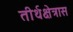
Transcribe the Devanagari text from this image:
तीर्थक्षेत्रास